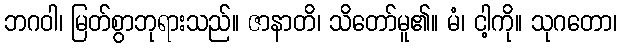
ဘဂဝါ၊ မြတ်စွာဘုရားသည်။ ဇာနာတိ၊ သိတော်မူ၏။ မံ၊ ငါ့ကို။ သုဂတော၊